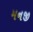
મનજી